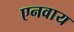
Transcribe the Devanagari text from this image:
एनवाय